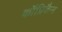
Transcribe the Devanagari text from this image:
कॉप्रिकैन